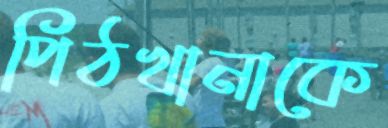
পিঠখানাকে